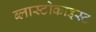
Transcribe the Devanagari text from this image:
ब्लास्टोकाइस्ट